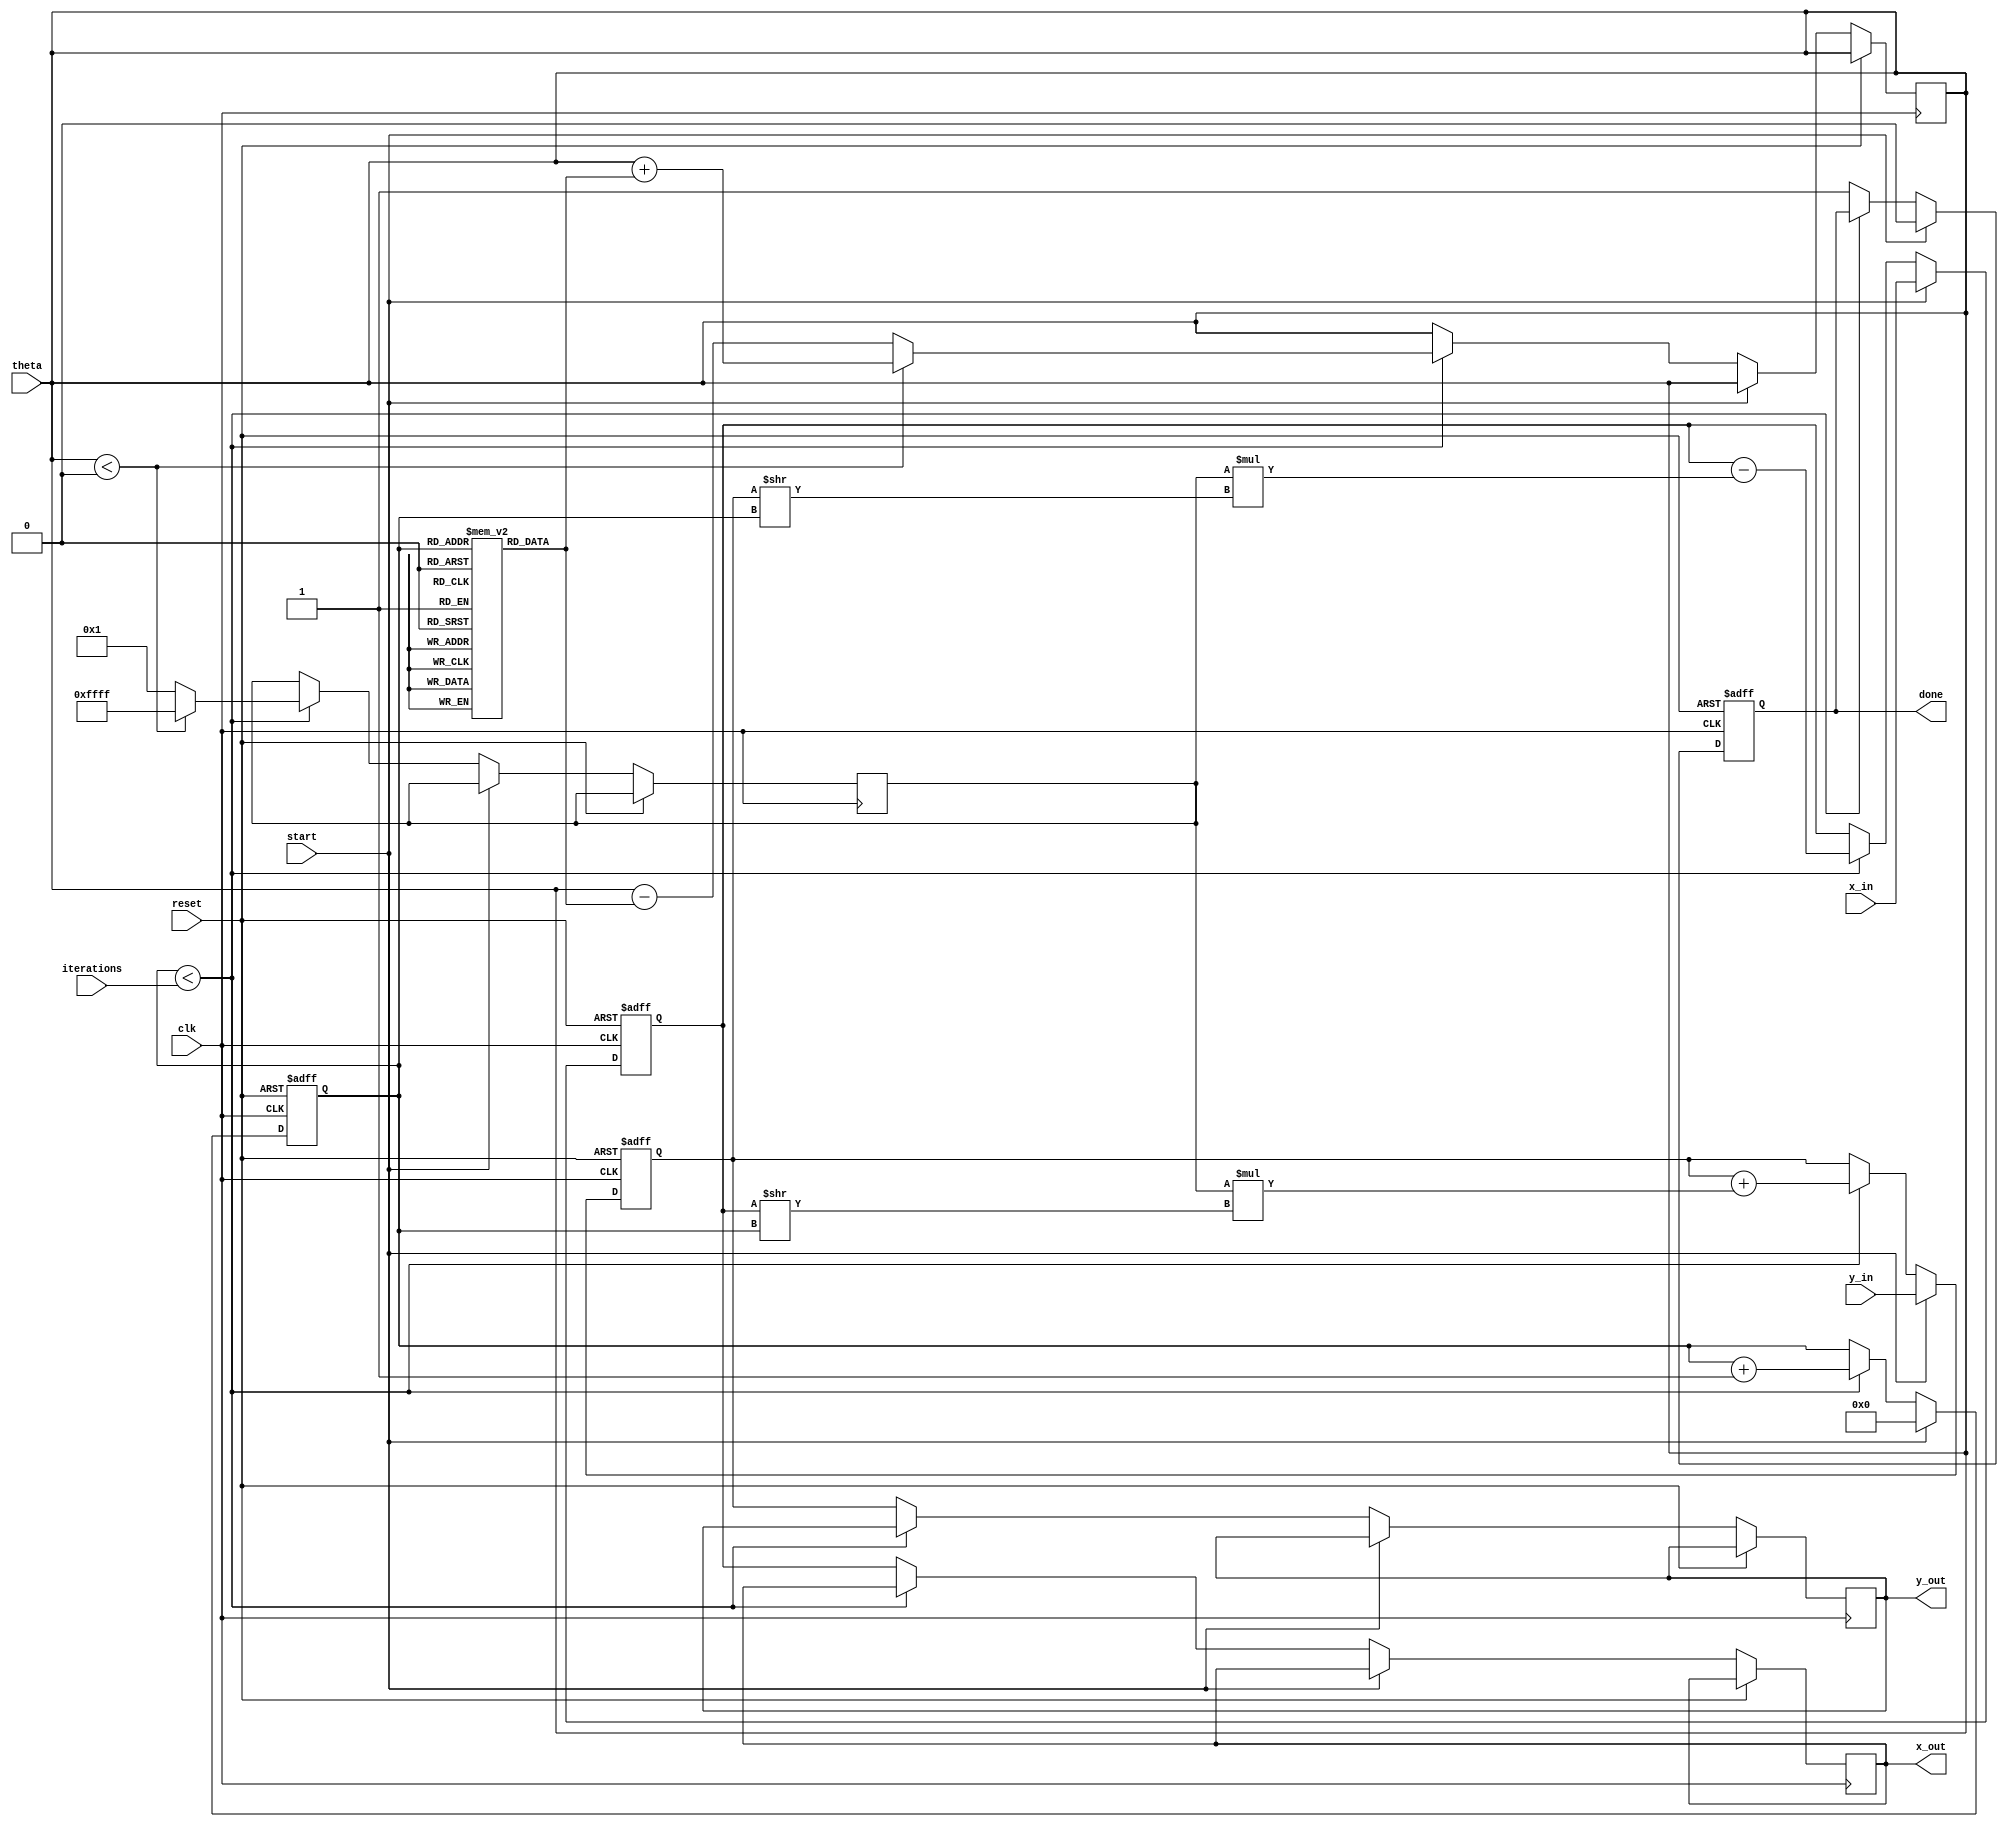
module cordic (
    input wire clk,
    input wire reset,
    input wire start,
    input wire [15:0] theta, // Angle input in fixed-point representation
    input wire [15:0] x_in,  // Initial x coordinate
    input wire [15:0] y_in,  // Initial y coordinate
    input wire [3:0] iterations, // Number of iterations
    output reg [15:0] x_out, // Final x coordinate (cosine)
    output reg [15:0] y_out, // Final y coordinate (sine)
    output reg done // Indicates completion of calculations
);

    // CORDIC parameters
    reg [15:0] x, y;
    reg [15:0] angle [0:15]; // Lookup table for arctangent values
    reg [3:0] i; // Iteration counter
    reg [15:0] d; // Direction of rotation

    // Initialize the lookup table with arctangent values (in fixed-point)
    initial begin
        angle[0] = 16'h3243; // atan(1) = 45 degrees
        angle[1] = 16'h1DAC; // atan(0.5) = 26.565 degrees
        angle[2] = 16'h1C71; // atan(0.25) = 14.036 degrees
        angle[3] = 16'h1A62; // atan(0.125) = 7.125 degrees
        angle[4] = 16'h186A; // atan(0.0625) = 3.125 degrees
        angle[5] = 16'h1780; // atan(0.03125) = 1.563 degrees
        angle[6] = 16'h16C1; // atan(0.015625) = 0.785 degrees
        angle[7] = 16'h1635; // atan(0.0078125) = 0.392 degrees
        angle[8] = 16'h15B0; // atan(0.00390625) = 0.197 degrees
        angle[9] = 16'h153C; // atan(0.001953125) = 0.098 degrees
        angle[10] = 16'h14D0; // atan(0.0009765625) = 0.049 degrees
        angle[11] = 16'h1468; // atan(0.00048828125) = 0.025 degrees
        angle[12] = 16'h1400; // atan(0.000244140625) = 0.012 degrees
        angle[13] = 16'h1398; // atan(0.0001220703125) = 0.006 degrees
        angle[14] = 16'h1330; // atan(0.00006103515625) = 0.003 degrees
        angle[15] = 16'h12C8; // atan(0.000030517578125) = 0.001 degrees
    end

    // State machine for CORDIC operation
    always @(posedge clk or posedge reset) begin
        if (reset) begin
            x <= 0;
            y <= 0;
            i <= 0;
            done <= 0;
        end else if (start) begin
            x <= x_in;
            y <= y_in;
            i <= 0;
            done <= 0;
        end else if (i < iterations) begin
            // Determine direction based on current angle and LUT
            if (theta < 0) begin
                d <= -1; // Clockwise
                theta <= theta + angle[i]; // Update angle
            end else begin
                d <= 1; // Counterclockwise
                theta <= theta - angle[i]; // Update angle
            end

            // Perform CORDIC rotation
            x <= x - (d * (y >> i));
            y <= y + (d * (x >> i));
            i <= i + 1; // Increment iteration counter
        end else begin
            x_out <= x; // Final x output
            y_out <= y; // Final y output
            done <= 1; // Indicate completion
        end
    end

endmodule